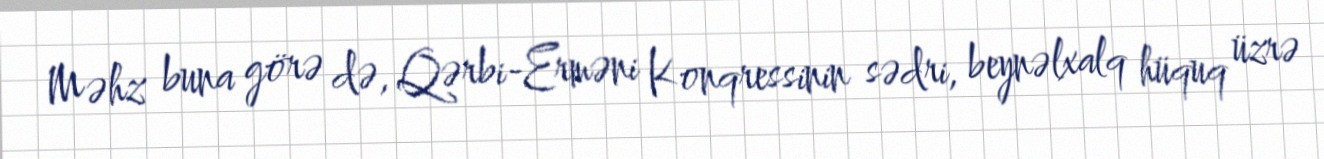
Məhz buna görə də, Qərbi-Erməni Konqressinin sədri, beynəlxalq hüquq üzrə